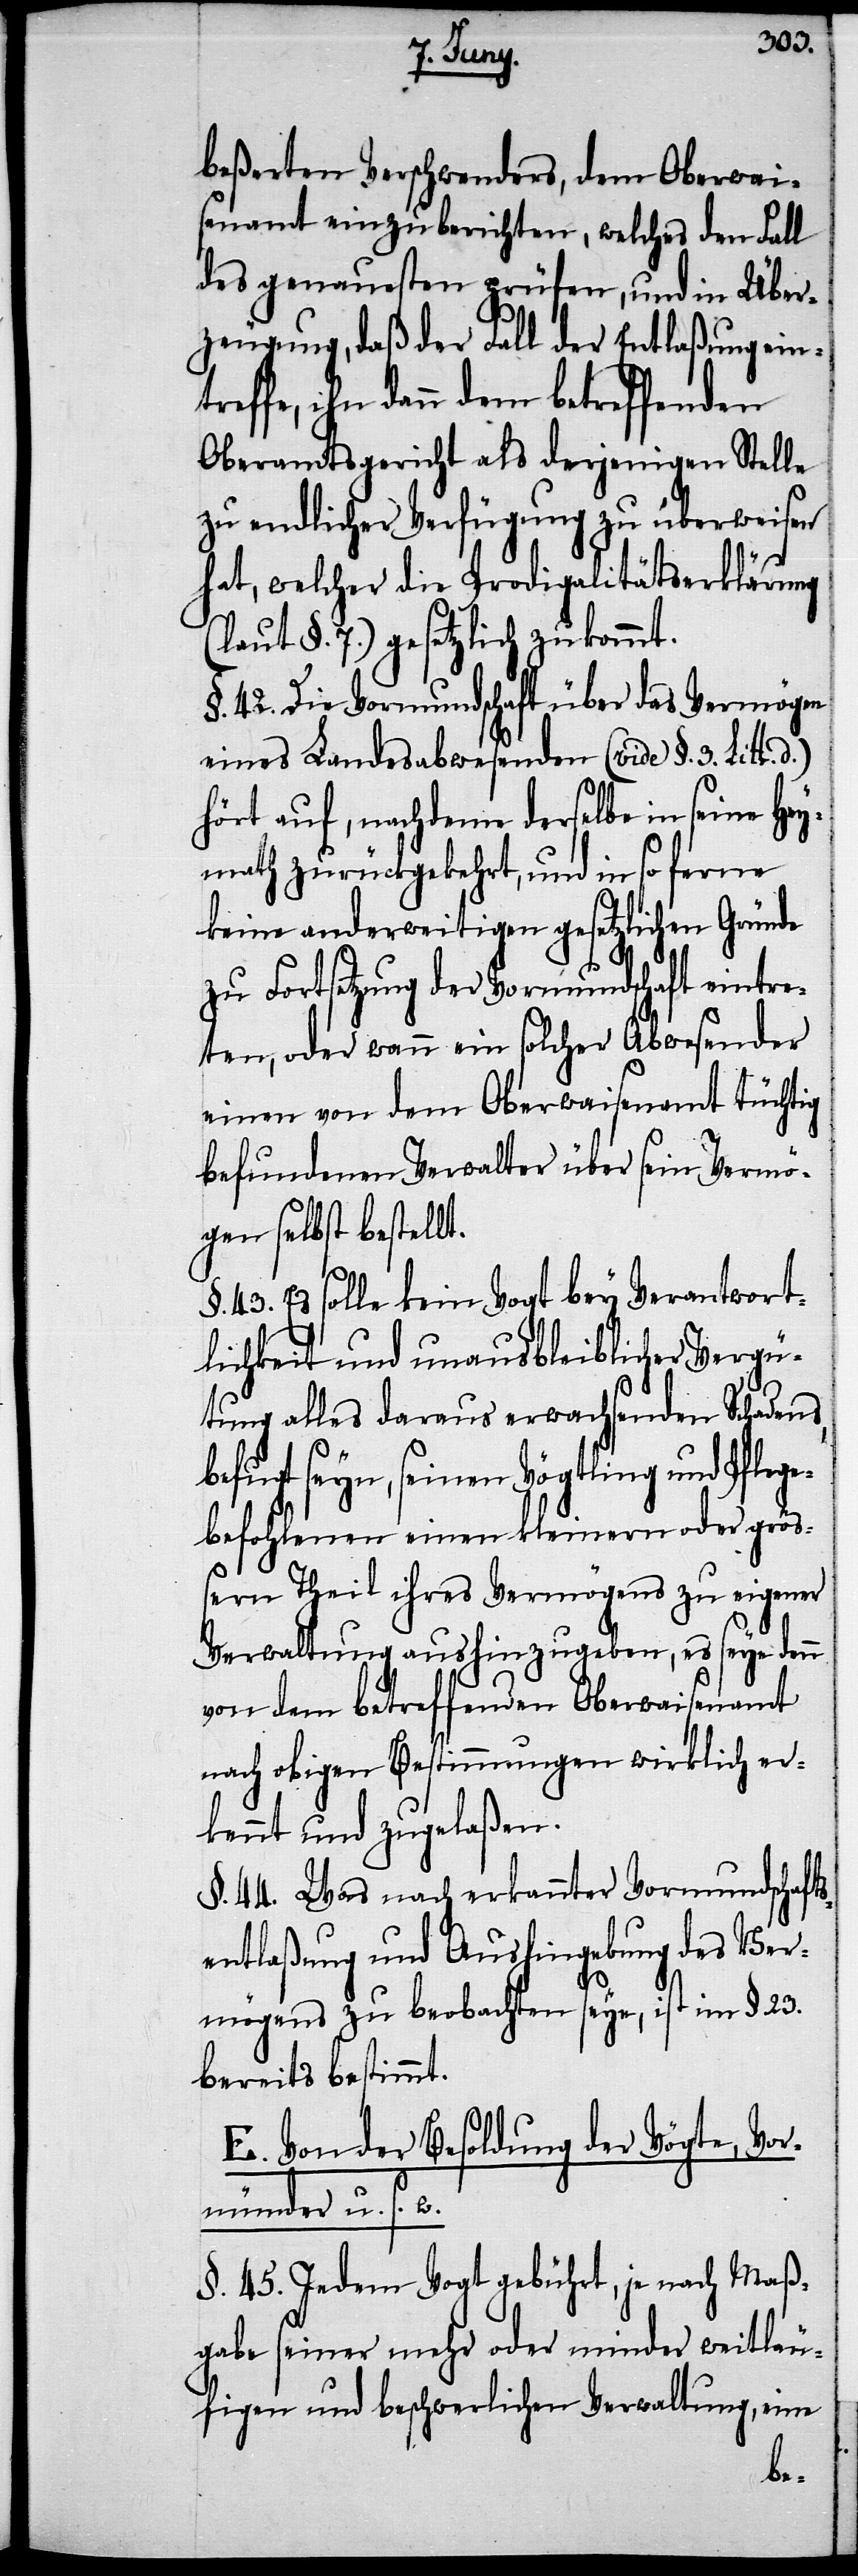
beßerten Verschwenders, dem Oberwai¬
senamt einzuberichten, welches den Fall
des genauesten prüfen, und in Über¬
zeugung, daß der Fall der Entlaßung ein¬
treffe, ihn dann dem betreffenden
Oberamtsgericht als derjenigen Stelle
zu endlicher Verfügung zu überweisen
hat, welcher die Prodigalitätserklärung
(laut §. 7.) gesetzlich zukommt.
§. 42. Die Vormundschaft über das Vermögen
eines Landesabwesenden (vide §. 3. Litt. d.)
hört auf, nachdeme derselbe in seine Hey¬
math zurückgekehrt, und in so ferne
keine anderweitigen gesetzlichen Gründe
zu Fortsetzung der Vormundschaft eintre¬
ten, oder wann ein solcher Abwesender
einen von dem Oberwaisenamt tüchtig
befundenen Verwalter über sein Vermö¬
gen selbst bestellt.
43. Es solle kein Vogt bey Verantwort¬
lichkeit und unausbleiblicher Vergü¬
tung alles daraus erwachsenden Schadens,
befugt seyn, seinen Vögtling und Pflege¬
befohlenen einen kleinern oder größ¬
ern Theil ihres Vermögens zu eigener
Verwaltung aushinzugeben, es seye denn
von dem betreffenden Oberwaisenamt
nach obigen Bestimmungen wirklich er¬
kennt und zugelaßen.
§. 44. Was nach erkannter Vormundschaft¬
sentlaßung und Aushingebung des Ver¬
mögens zu beobachten seye, ist im §. 23.
bereits bestimmt.
E. Von der Besoldung der Vögte, Vor¬
münder u. s. w.
§. 45. Jedem Vogt gebührt, je nach Maß¬
gabe seiner mehr oder minder weitläu¬
figen und beschwerlichen Verwaltung, eine